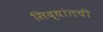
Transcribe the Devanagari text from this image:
सिद्धांतची